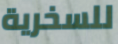
للسخرية